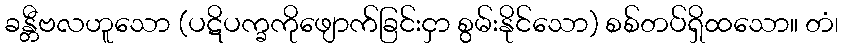
ခန္တီဗလဟူသော (ပဋိပက္ခကိုဖျောက်ခြင်းငှာ စွမ်းနိုင်သော) စစ်တပ်ရှိထသော။ တံ၊